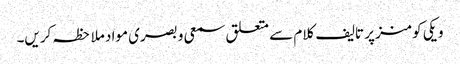
ویکی کومنز پر تالیف کلام سے متعلق سمعی و بصری مواد ملاحظہ کریں۔